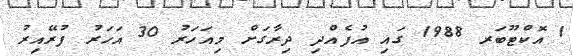
1 އޮކްޓޫބަރ 1988 ގައި އުފެއްދި ދިރާގަށް މިއަހަރު 30 އަހަރު ފުރޭއިރު